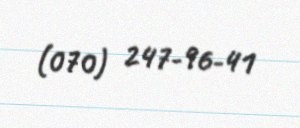
(070) 247-96-41